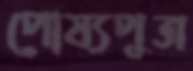
পোষ্যপুত্র